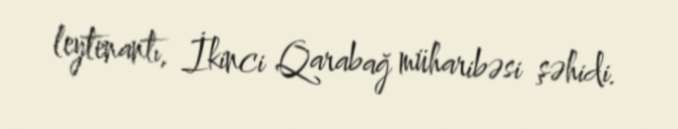
leytenantı, İkinci Qarabağ müharibəsi şəhidi.